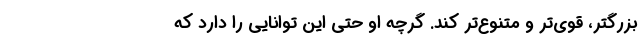
بزرگتر، قوی‌تر و متنوع‌تر کند. گرچه او حتی این توانایی را دارد که